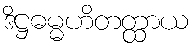
ဒိဋ္ဌဓမ္မဟိတတ္ထာယ